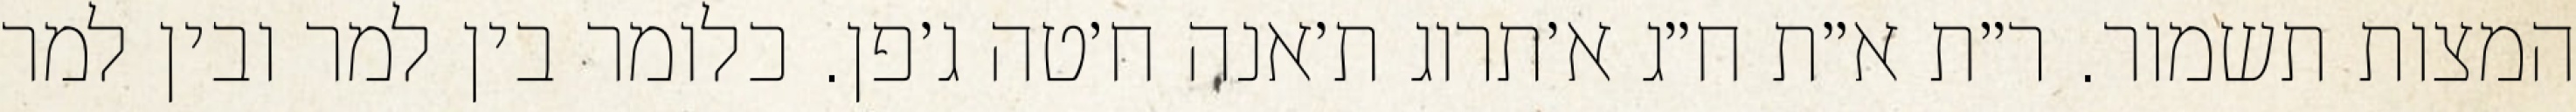
המצות תשמור. ר״ת א״ת ח״ג א׳תרוג ת׳אנה ח׳טה ג׳פן. כלומר בין למר ובין למר